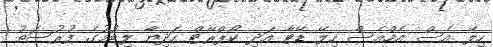
ހިލޭ އެސް އެމްއެސް ހިލޭ ޑޭޓާ އަދި ކޯޕްރޭޓް ހަދިޔާ ލިބުމުގެ ފުރުސަތު